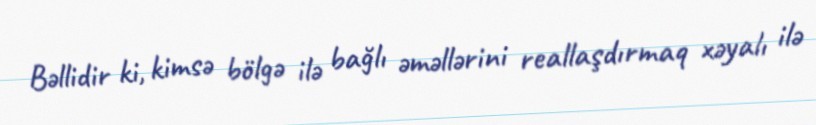
Bəllidir ki, kimsə bölgə ilə bağlı əməllərini reallaşdırmaq xəyalı ilə